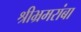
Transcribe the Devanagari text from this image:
श्रीभ्रमरांबा